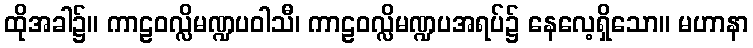
ထိုအခါ၌။ ကာဠဝလ္လိမဏ္ဍပဝါသီ၊ ကာဠဝလ္လိမဏ္ဍပအရပ်၌ နေလေ့ရှိသော။ မဟာနာ